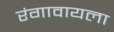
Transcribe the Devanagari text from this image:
रंगावायला